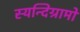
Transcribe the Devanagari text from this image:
स्यन्दिग्रामो